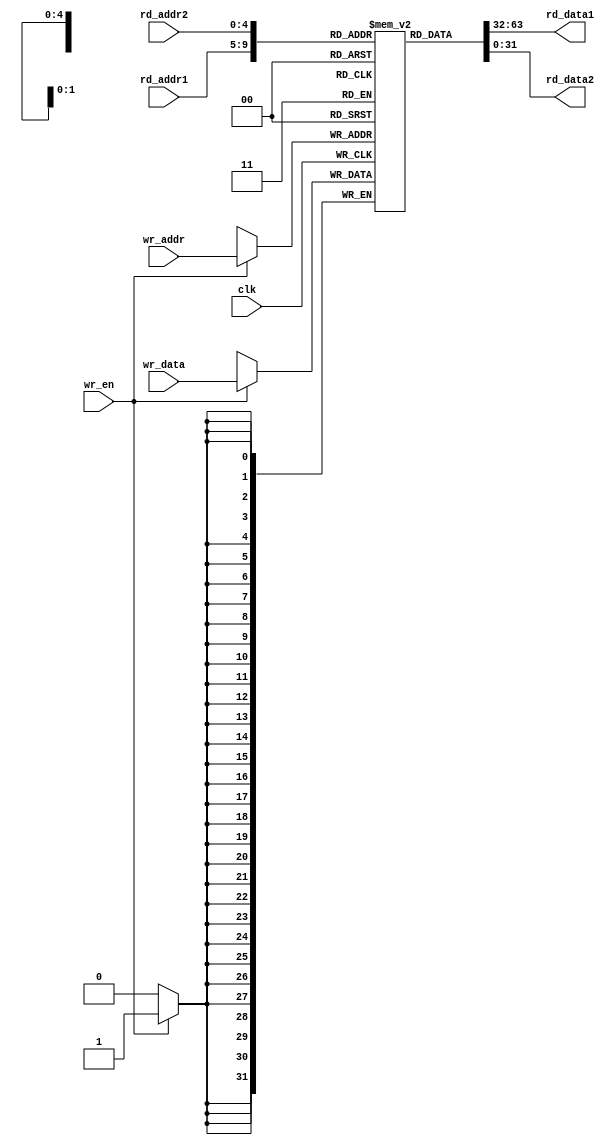
module reg_file(
		input 			clk,
		input 	[4:0]	rd_addr1,
		input	[4:0]	rd_addr2,
		output	[31:0]	rd_data1,
		output	[31:0]	rd_data2,
		input	[4:0]	wr_addr,
		input			wr_en,
		input	[31:0]	wr_data
);

reg [31:0] regs[0:31];

always@(posedge clk)
	if(wr_en)	regs[wr_addr] <= wr_data;
		
assign	rd_data1 = regs[rd_addr1];
assign	rd_data2 = regs[rd_addr2];

endmodule